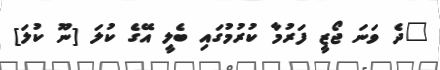
"ދެ ވަނަ ޖޯޒީ ފަރުމާ ކުރުމުގައި ބެލީ އޭގެ ކުލަ [ނޫ ކުލަ]